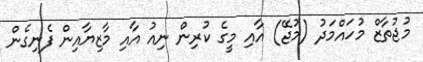
މުޖުތާޒް މުހައްމަދު (މުޖޭ) އާއި މީގެ ކުރިން ނިއު އާއި މާޒިޔާއިން ފެނިގެން